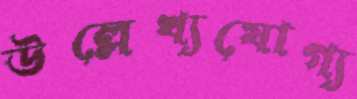
উল্লেখ্যযোগ্য